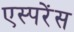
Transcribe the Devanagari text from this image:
एस्परेंस